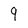
Character: 9